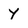
Character: Y